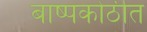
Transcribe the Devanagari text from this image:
बाष्पकोठीत